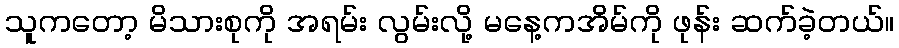
သူကတော့ မိသားစုကို အရမ်း လွမ်းလို့ မနေ့ကအိမ်ကို ဖုန်း ဆက်ခဲ့တယ်။